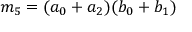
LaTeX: m _ { 5 } = ( a _ { 0 } + a _ { 2 } ) ( b _ { 0 } + b _ { 1 } )